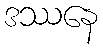
ဒဿနေ